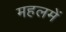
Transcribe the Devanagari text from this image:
महलमें